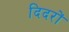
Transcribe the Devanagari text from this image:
दिदरों